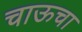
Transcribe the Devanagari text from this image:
चाऊचा